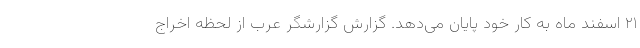
۲۱ اسفند ماه به کار خود پایان می‌دهد. گزارش گزارشگر عرب از لحظه اخراج